Annual report of the Imperial Bacteriological Laboratory, Muktesar
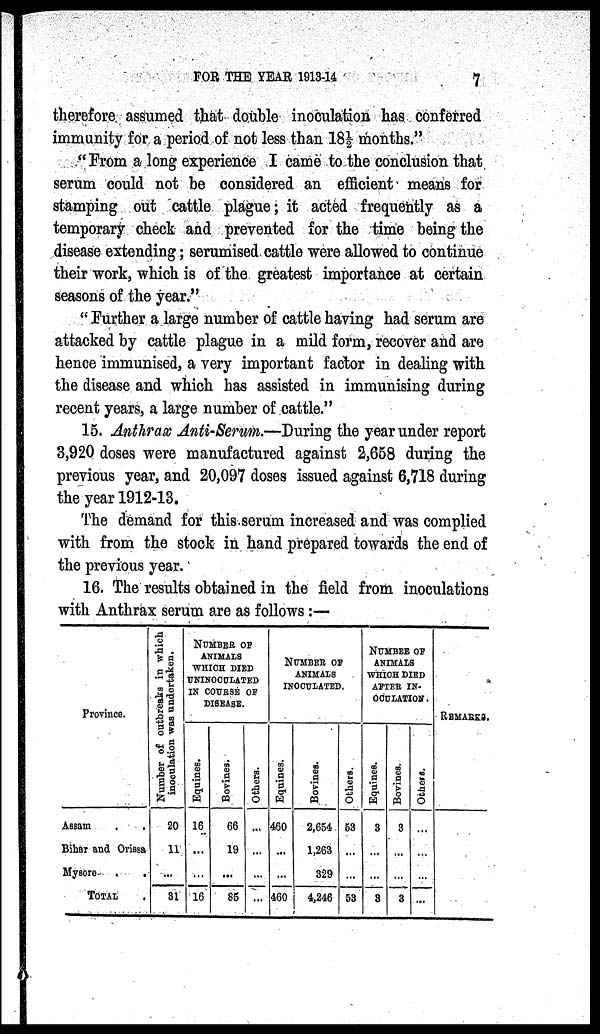
FOR THE YEAR 1913-14
7
therefore assumed that double inoculation has conferred
immunity for a period of not less than 18½ months."
"From a long experience I came to the conclusion that
serum could not be considered an efficient means for
stamping out cattle plague; it acted frequently as a
temporary check and prevented for the time being the
disease extending; serumised cattle were allowed to continue
their work, which is of the greatest importance at certain
seasons of the year."
"Further a large number of cattle having had serum are
attacked by cattle plague in a mild form, recover and are
hence immunised, a very important factor in dealing with
the disease and which has assisted in immunising during
recent years, a large number of cattle."
15. Anthrax Anti-Serum.—During the year under report
3,920 doses were manufactured against 2,658 during the
previous year, and 20,097 doses issued against 6,718 during
the year 1912-13.
The demand for this serum increased and was complied
with from the stock in hand prepared towards the end of
the previous year.
16. The results obtained in the field from inoculations
with Anthrax serum are as follows:—
Province.
Assam . .
Bihar and Orissa
Mysore
.
.
TOTAL .
Number of outbreaks in which
inoculation was undertaken.
20
11
...
31
NUMBER OF
ANIMALS
WHICH DIED
UNINOCUTLATED
IN COURSE OF
DISEASE.
Equines.
16
...
...
16
Bovines.
66
19
...
85
Others.
...
...
...
...
NUMBER OF
ANIMALS
INOCULATED.
Equines.
460
...
...
460
Bovi ne s .
2,654
1,263
329
4,246
Others.
53
...
...
53
NUMBER OF
ANIMALS
WHICH DIED
AFTER IN-
OCULATION.
Equi nes .
3
...
...
3
Bovines.
3
...
...
3
Others.
...
...
...
...
REMARKS.